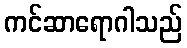
ကင်ဆာရောဂါသည်